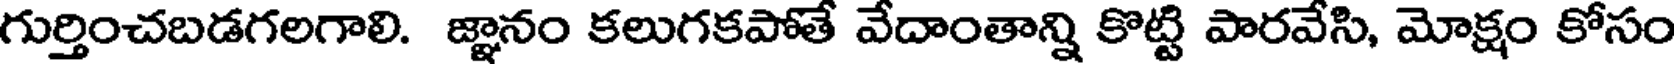
గుర్తించబడగలగాలి. జ్ఞానం కలుగకపోతే వేదాంతాన్ని కొట్టి పారవేసి, మోక్షం కోసం